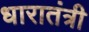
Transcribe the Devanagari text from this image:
धारातंत्री